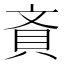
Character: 𧴻